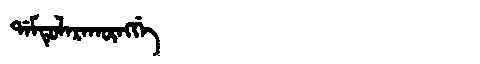
Manchu: ᡩᠠᠮᡨᡠᠯᠠᡵᠠᡴᡡᠩᡤᡝ
Romanization: DAMTULARAKŪNGGE